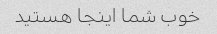
خوب شما اینجا هستید